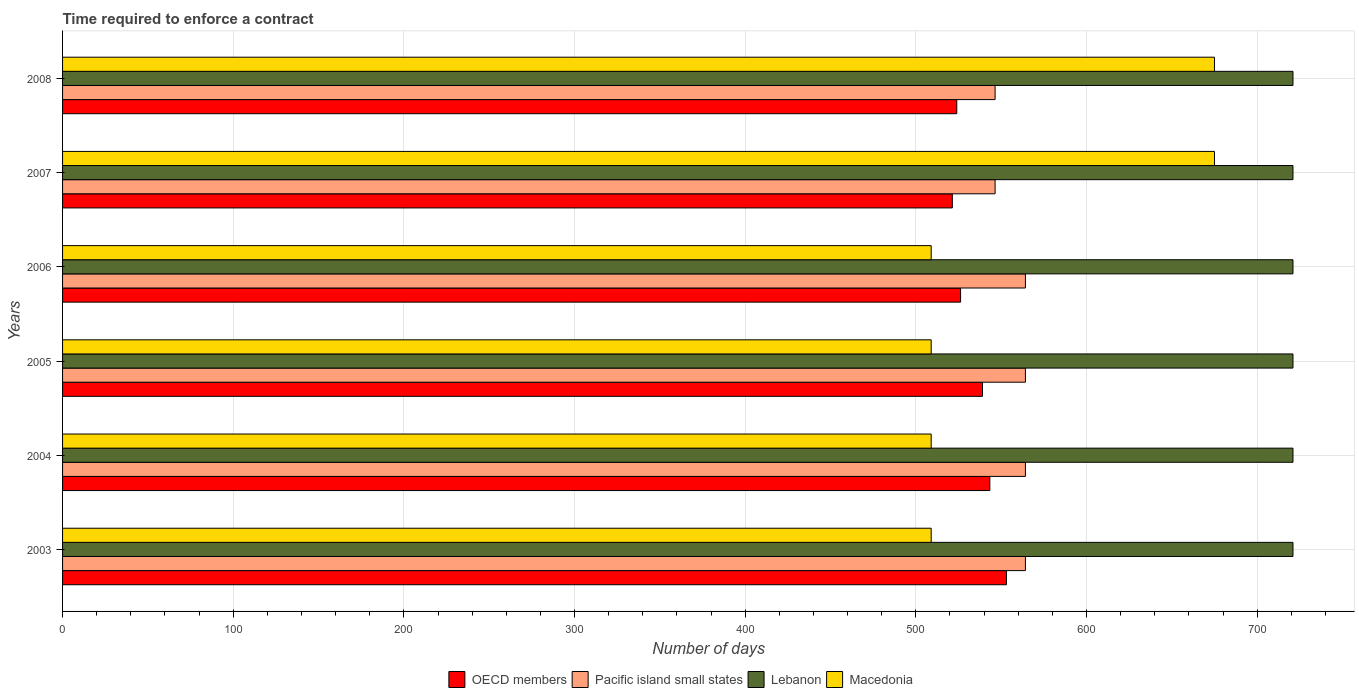
| Years | OECD members | Pacific island small states | Lebanon | Macedonia |
 | --- | --- | --- | --- | --- |
 | 2003 | 553 | 564 | 721 | 509 |
 | 2004 | 543 | 564 | 721 | 509 |
 | 2005 | 539 | 564 | 721 | 509 |
 | 2006 | 526 | 564 | 721 | 509 |
 | 2007 | 521 | 546 | 721 | 675 |
 | 2008 | 524 | 546 | 721 | 675 |